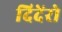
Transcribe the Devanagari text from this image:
दिदेंरो